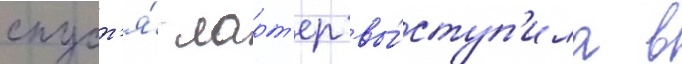
спуст'я́ ларт'ер вы́ступ'ила в